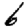
Digit: 6